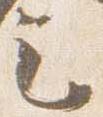
言